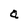
Character: a